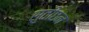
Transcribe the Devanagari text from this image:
सुतीछन